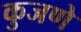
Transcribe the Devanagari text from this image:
कुजणे